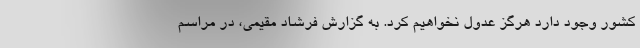
کشور وجود دارد هرگز عدول نخواهیم کرد. به گزارش فرشاد مقیمی، در مراسم